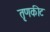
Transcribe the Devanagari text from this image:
तृणकीट